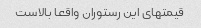
قیمتهای این رستوران واقعا بالاست